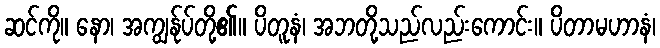
ဆင်ကို။ နော၊ အကျွန်ုပ်တို့၏။ ပိတူနံ၊ အဘတို့သည်လည်းကောင်း။ ပိတာမဟာနံ၊